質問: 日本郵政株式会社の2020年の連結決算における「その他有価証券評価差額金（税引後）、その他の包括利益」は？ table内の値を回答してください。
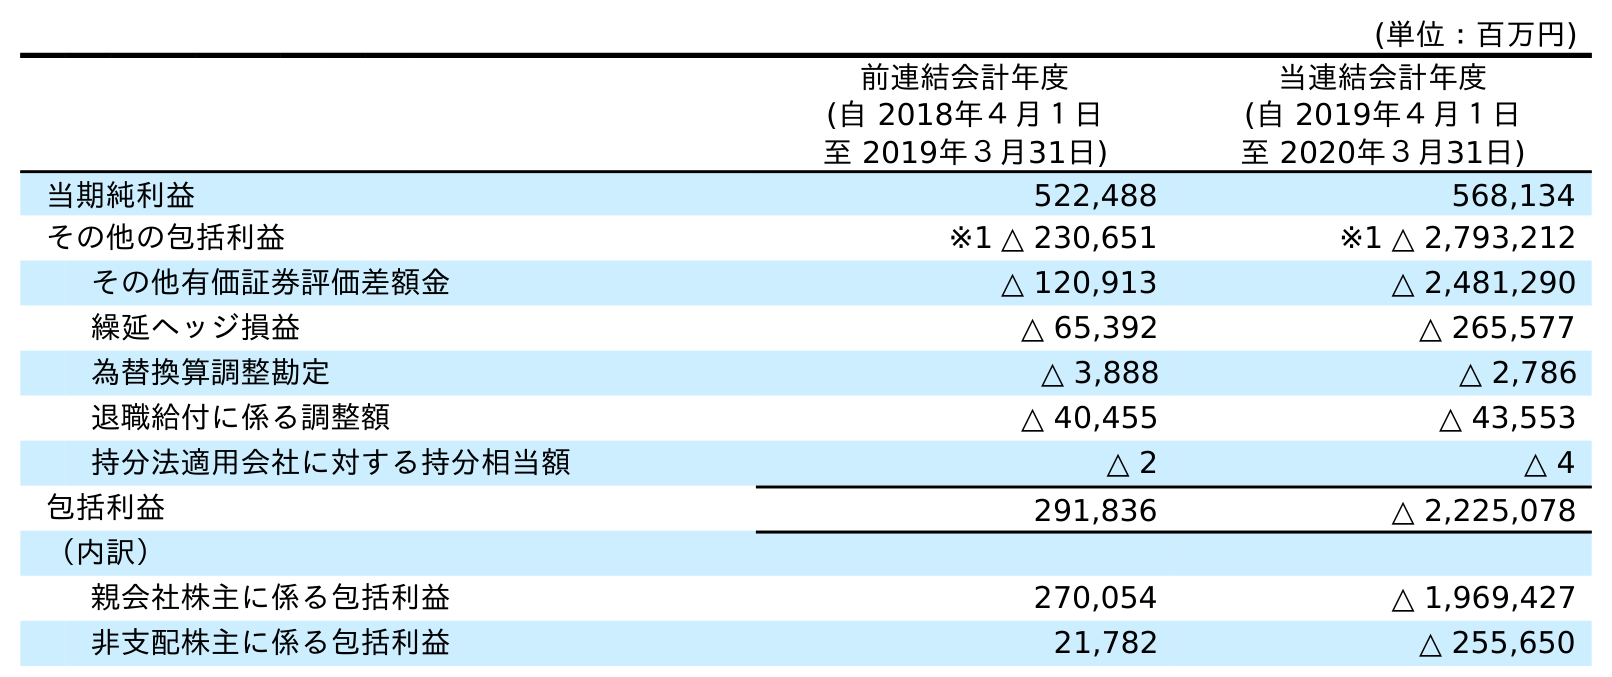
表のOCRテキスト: (単位：百万円) 前連結会計年度 (自 2018年４月１日 至 2019年３月31日) 当連結会計年度 (自 2019年４月１日 至 2020年３月31日) 当期純利益 522,488 568,134 その他の包括利益 ※1 △ 230,651 ※1 △ 2,793,212 その他有価証券評価差額金 △ 120,913 △ 2,481,290 繰延ヘッジ損益 △ 65,392 △ 265,577 為替換算調整勘定 △ 3,888 △ 2,786 退職給付に係る調整額 △ 40,455 △ 43,553 持分法適用会社に対する持分相当額 △ 2 △ 4 包括利益 291,836 △ 2,225,078 （内訳） 親会社株主に係る包括利益 270,054 △ 1,969,427 非支配株主に係る包括利益 21,782 △ 255,650
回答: △2,481,290